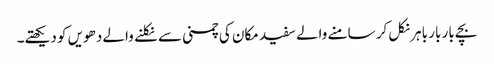
بچے بار بار باہر نکل کر سامنے والے سفید مکان کی چمنی سے نکلنے والے دھویں کو دیکھتے۔